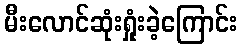
မီးလောင်ဆုံးရှုံးခဲ့ကြောင်း